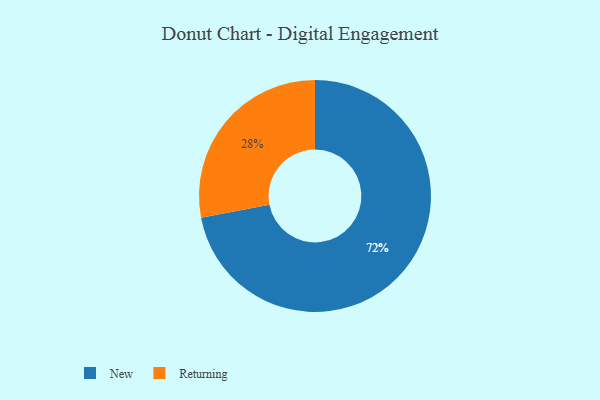
{"axis": {"x": "Category", "y": "Percentage"}, "legend": ["New", "Returning"], "data": [{"x": "Returning", "y": 28, "type": "Returning"}, {"x": "New", "y": 72, "type": "New"}]}